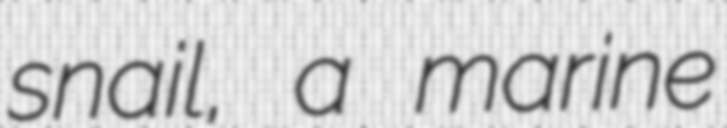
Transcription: snail, a marine